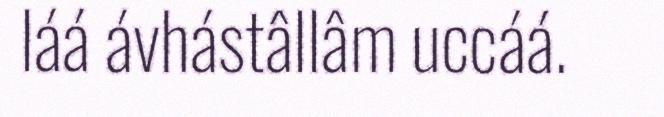
láá ávhástâllâm uccáá.